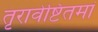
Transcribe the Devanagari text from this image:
तृरावेष्टितमां